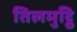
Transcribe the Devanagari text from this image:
तिलमुट्ठि